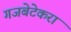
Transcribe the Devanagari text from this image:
गजबेटेकरा